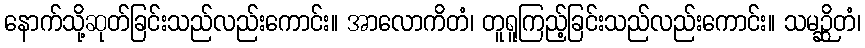
နောက်သို့ဆုတ်ခြင်းသည်လည်းကောင်း။ အာလောကိတံ၊ တူရူကြည့်ခြင်းသည်လည်းကောင်း။ သမဉ္ဆိတံ၊